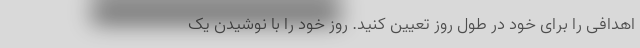
اهدافی را برای خود در طول روز تعیین کنید. روز خود را با نوشیدن یک